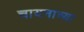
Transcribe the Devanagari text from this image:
चायनाच्या